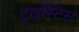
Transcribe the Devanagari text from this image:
ट्राइस्टिस